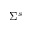
\Sigma ^ { s }